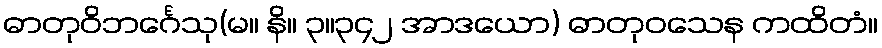
ဓာတုဝိဘင်္ဂေသု(မ။ နိ။ ၃။၃၄၂ အာဒယော) ဓာတုဝသေန ကထိတံ။